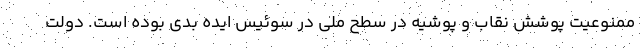
ممنوعیت پوشش نقاب و پوشیه در سطح ملی در سوئیس ایده بدی بوده است. دولت